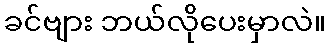
ခင်ဗျား ဘယ်လိုပေးမှာလဲ။